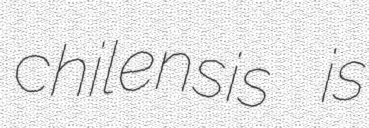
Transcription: chilensis is